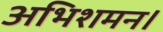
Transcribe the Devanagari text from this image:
अभिशमन।